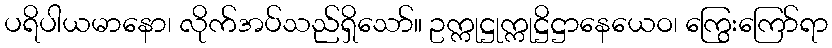
ပရိပါယမာနော၊ လိုက်အပ်သည်ရှိသော်။ ဥက္ကုဋ္ဌုက္ကုဋ္ဌိဋ္ဌာနေယေဝ၊ ကြွေးကြော်ရာ